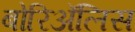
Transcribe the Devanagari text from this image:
बोरिॲलिस